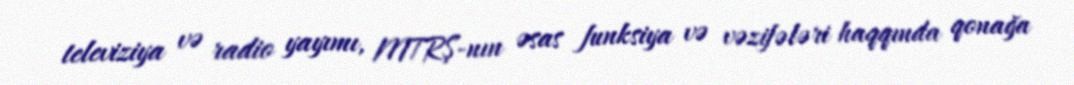
televiziya və radio yayımı, MTRŞ-nın əsas funksiya və vəzifələri haqqında qonağa